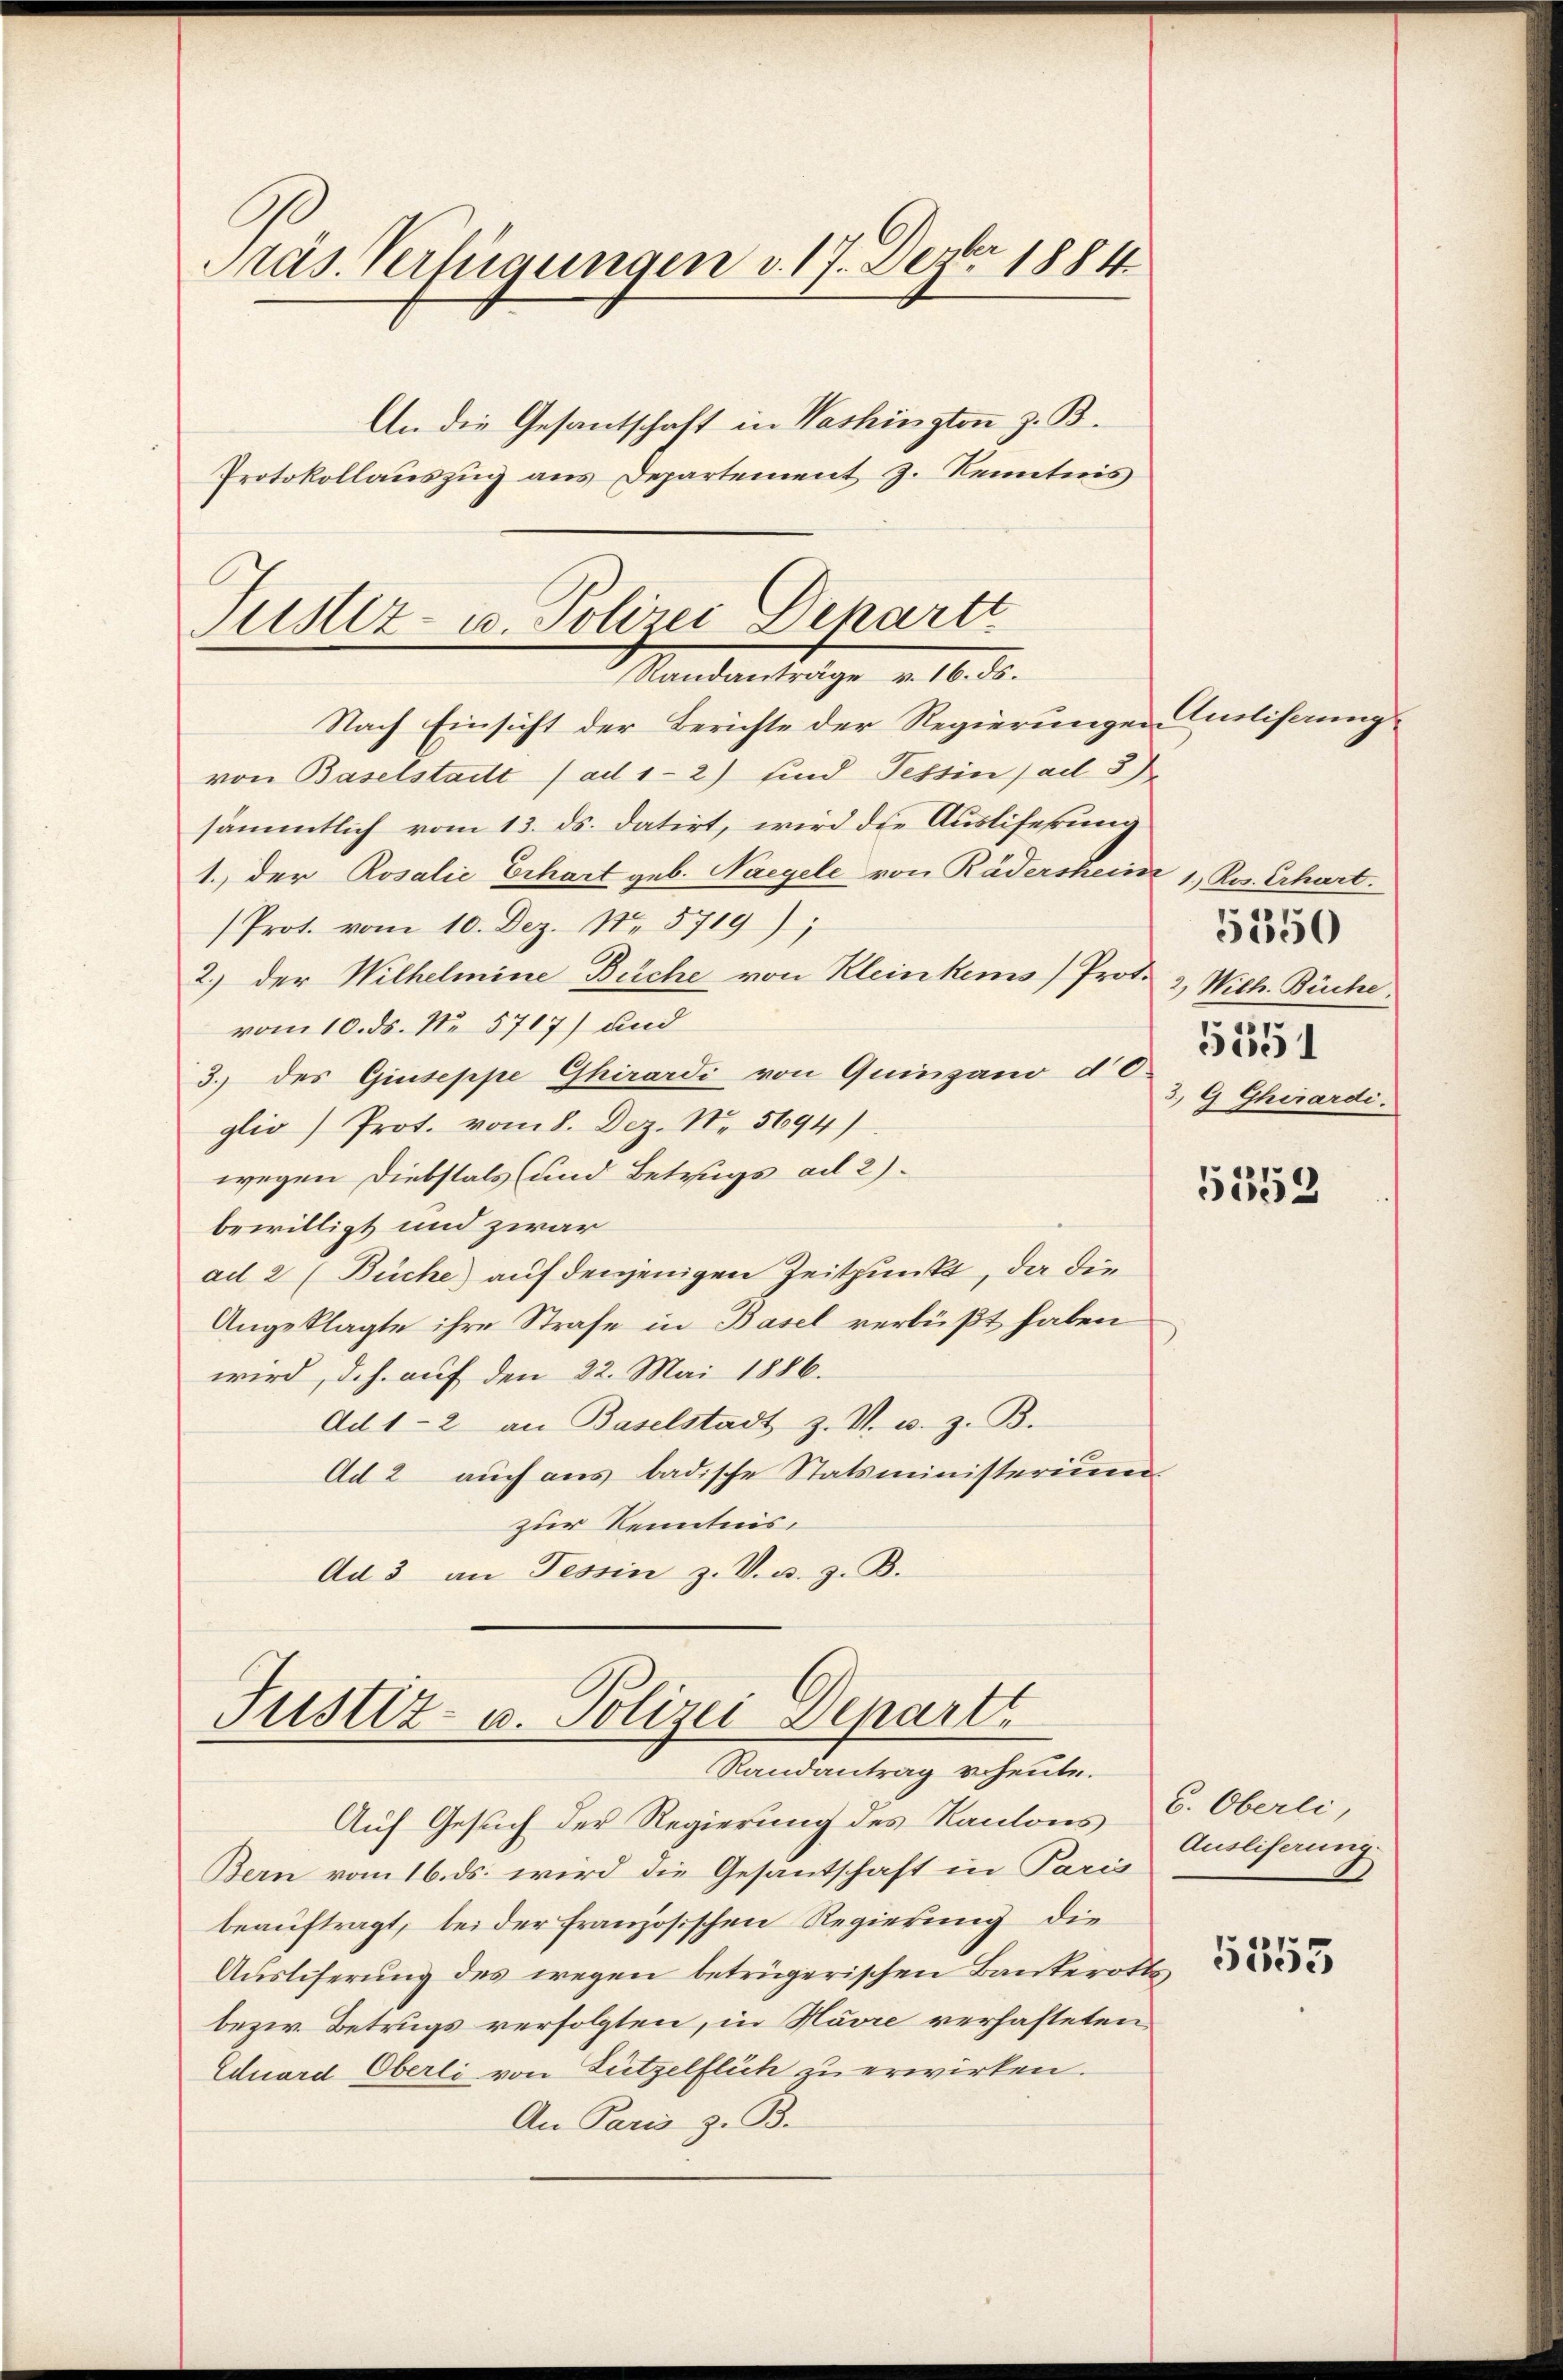
Präs. Verfügungen v. 17. Dezbr 1884
An die Gesantschaft in Washingten z. B.
Protokollauszug aus Departement z. Kenntnis

Justiz- u. Polizei Departi
Manadavertrage v. 18. d.

Nach Einsicht der Berichte der Regierungen milisaungvon Baselstadt (ad 1-2) sind Tessin (ad 3)
sämmtlich vom 13. ds. datirt, wird die Ausliferung
1.) Der Rosalie Erhart geb. Nagele von Rädersheime 1. Ros. Erhart.
Prot. vom 10. Dez. No. 5719);
2.) der Wilhelmine Büche von Kleinkems) Prot.
vom 10. ds. No 5717) und
3.) des Giuseppe Ghirardi von Quingano do
glio) Prot. vom 8. Dez. Nr. 5694)
wegen Diebstals (und Betrugs ad 2)
bewilligt und zwar
ad 2 (Büche) auf denjenigen Zeitpunkt, da die
Angeklagte ihre Strafe in Basel verbüßt haben
wird, d.h. auf den 22. Mai 1886.
Ad 1-2 an Baselstadt z. V. u. z. B.
Ad 2 auch aus badische Statsministerium.
zur Kenntnis.
Ad 3 an Tessin z. V. u. z. B.
Justiz- u. Polizei Departt
Randantrag verheute.
Auf Gesuch der Regierung des Kantons C. Oberli,
Bern vom 16. ds. wird die Gesantschaft in Paris
beauftragt, bei der Französischen Regierung die
Ausliserung des wegen betrügerischen Bauterotts
bezw. Betrugs verfolgten, in Havre verhafteten
Eduard Oberli von Lützelflich zu erwirken.
An Paris z. B.

5550
2, Wilh. Büche.
5551
3. G Ghirardi.

Ausliferung

5353

5355